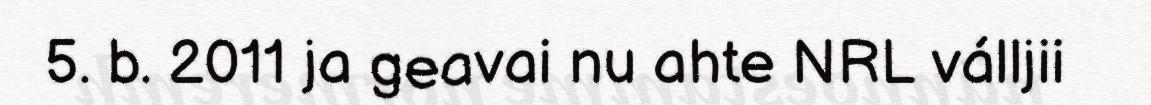
5. b. 2011 ja geavai nu ahte NRL válljii